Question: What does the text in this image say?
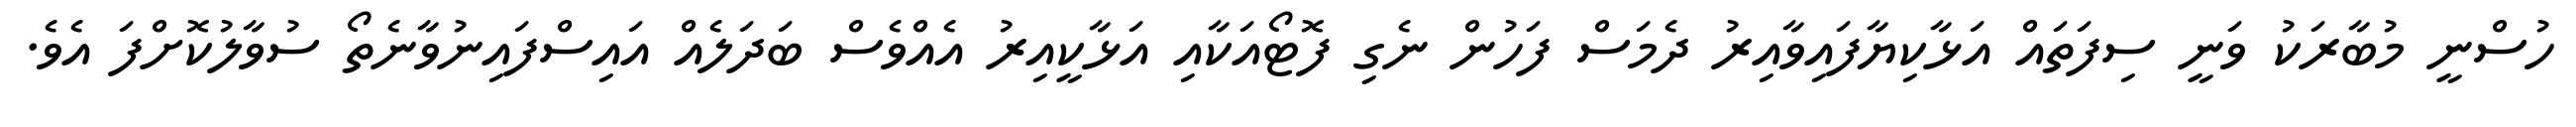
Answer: ހުސްނީ މުބާރަކު ވަނީ ސިފަތައް އަޅާކިޔާފައިވާއިރު ދެމަސް ފަހުން ނެގި ފޮޓޯއަކާއި އަޅާކީއިރު އެއްވެސް ބަދަލެއް އައިސްފައިނުވާނެތޯ ސުވާލުކޮށްފަ އެވެ.